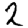
Digit: 2